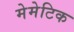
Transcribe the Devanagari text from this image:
मेमेटिक